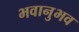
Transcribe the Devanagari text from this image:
भवानुभव